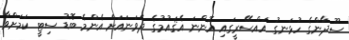
ސޫދާންގެ ހުޅަނގު އައްސޭރީގައި އޮންނަ އެޤައުމުގެ ދެވަނައަށް އެންމެ ބޮޑު ސިޓީ ކަމަށްވާ